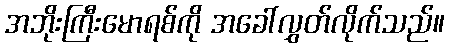
အဘိုးကြီးမောရစ်ကို အခေါ်လွှတ်လိုက်သည်။